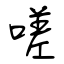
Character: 嗟